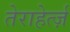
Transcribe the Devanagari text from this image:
तेराहेर्त्ज़